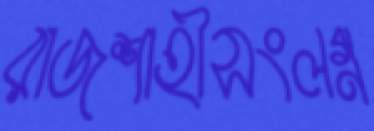
রাজশাহীসংলগ্ন